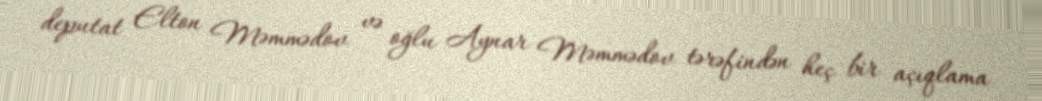
deputat Elton Məmmədov və oğlu Aynar Məmmədov tərəfindən heç bir açıqlama